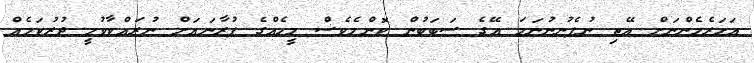
އަހަރެމެންނަށް އޭތި ނުފެނުނުނަމަ އޭގެ ސަބަބުން ކޮންމެވެސް މީހެއްގެ ފުރާނައަށް ނުރައްކާވުމީ ދުރުކަމެއް